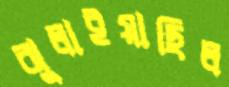
ঝুলাইয়াছিল